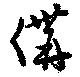
傋